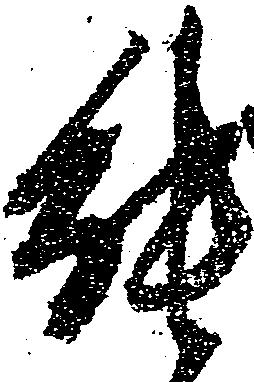
能